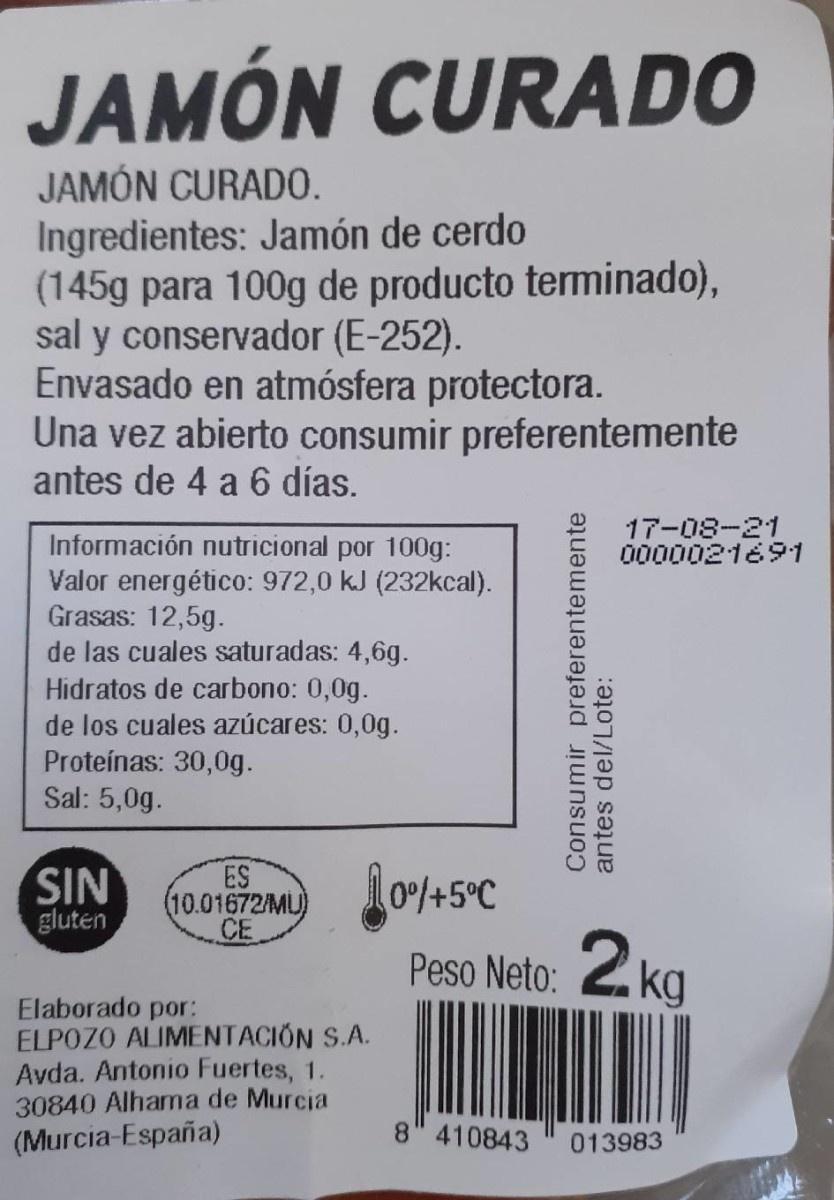
JAMÓN CURADO
JAMÓN CURADO. Ingredientes: Jamón de cerdo (145g para 100g de producto terminado), sal y conservador (E-252). Envasado en atmósfera protectora. Una vez abierto consumir preferentemente antes de 4 a 6 días.
17-08-21 0000021691
Información nutricional por 100g: Valor energético: 972,0 kJ (232kcal). Grasas: 12,5g. de las cuales saturadas: 4,6g. Hidratos de carbono: 0,0g. de los cuales azúcares: 0,0g. Proteínas: 30,0g. Sal: 5,0g.
SIN gluten
ES (10.01672/MU) CE
0%/+5°C
Peso Neto: 2 kg
Elaborado por: ELPOZO ALIMENTACION S.A. Avda. Antonio Fuertes, 1. 30840 Alhama de Murcia (Murcia-España)
8 410843
013983
Consumir preferentemente antes del/Lote: